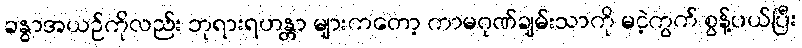
ခန္ဓာအယဉ်ကိုလည်း ဘုရားရဟန္တာ များကတော့ ကာမဂုဏ်ချမ်းသာကို မငဲ့ကွက် စွန့်ပယ်ပြီး